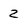
Character: 2